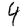
Digit: 4